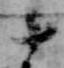
十